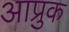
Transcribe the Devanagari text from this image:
आप्रुक